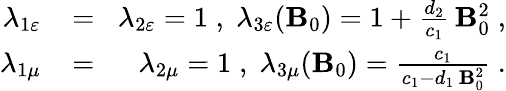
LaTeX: \begin{array}{rlr}{\lambda_{1\varepsilon}\! }&{{}=}&{\! \lambda_{2\varepsilon}=1\; ,\; \lambda_{3\varepsilon}({\mathbf B}_{0})=1+\frac{d_{2}}{c_{1}}\, {\mathbf B}_{0}^{2}\; ,}\\ {\lambda_{1\mu}\! }&{{}=}&{\! \lambda_{2\mu}=1\; ,\; \lambda_{3\mu}({\mathbf B}_{0})=\frac{c_{1}}{c_{1}-d_{1}\, {\mathbf B}_{0}^{2}}\; .}\end{array}